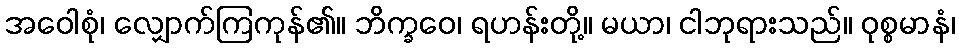
အဝေါစုံ၊ လျှောက်ကြကုန်၏။ ဘိက္ခဝေ၊ ရဟန်းတို့။ မယာ၊ ငါဘုရားသည်။ ဝုစ္စမာနံ၊